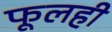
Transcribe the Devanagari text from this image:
फूलही